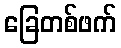
ခြေတစ်ဖက်